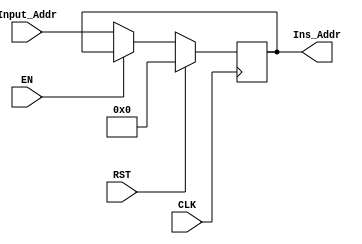
module PC (
    input CLK, RST, EN,
    input [31:0] Input_Addr,
    output [31:0] Ins_Addr
);
    reg [31:0] temp;
    always @(posedge CLK) begin
        if (RST) begin
            temp <= 0;
        end else if (!EN) begin
            temp <= Input_Addr;
        end
    end
    assign Ins_Addr = temp;

endmodule